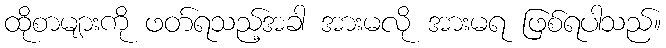
ထိုစာများကို ဖတ်ရသည့်အခါ အားမလို အားမရ ဖြစ်ရပါသည်။